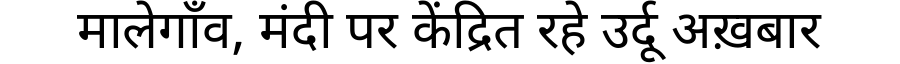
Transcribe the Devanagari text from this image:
मालेगाँव, मंदी पर केंद्रित रहे उर्दू अख़बार